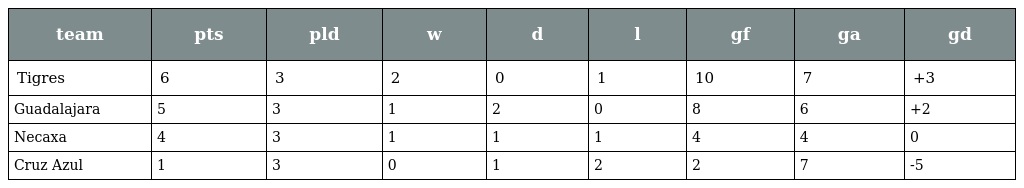
| team | pts | pld | w | d | l | gf | ga | gd |
 | --- | --- | --- | --- | --- | --- | --- | --- | --- |
 | Tigres | 6 | 3 | 2 | 0 | 1 | 10 | 7 | +3 |
 | Guadalajara | 5 | 3 | 1 | 2 | 0 | 8 | 6 | +2 |
 | Necaxa | 4 | 3 | 1 | 1 | 1 | 4 | 4 | 0 |
 | Cruz Azul | 1 | 3 | 0 | 1 | 2 | 2 | 7 | -5 |